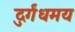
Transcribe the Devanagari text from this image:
दुर्गंधमय